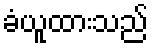
ခံယူထားသည်